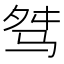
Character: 𩧶